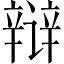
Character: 辩